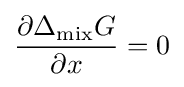
{\frac {\partial \Delta _{\operatorname {mix} }G}{\partial x}}=0